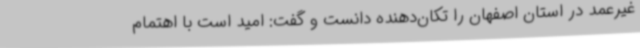
غیرعمد در استان اصفهان را تکان‌دهنده دانست و گفت: امید است با اهتمام